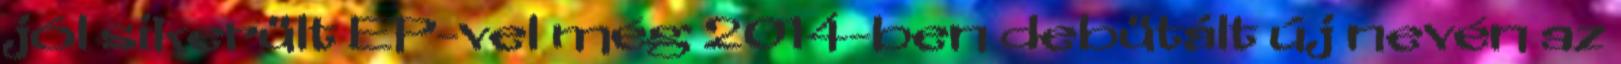
jól sikerült EP-vel még 2014-ben debütált új nevén az